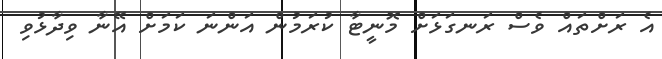
އެ ރަށްތައް ވެސް ރަނގަޅަށް މޮނީޓާ ކުރަމުން އަންނަ ކަމަށް އޭނާ ވިދާޅުވި